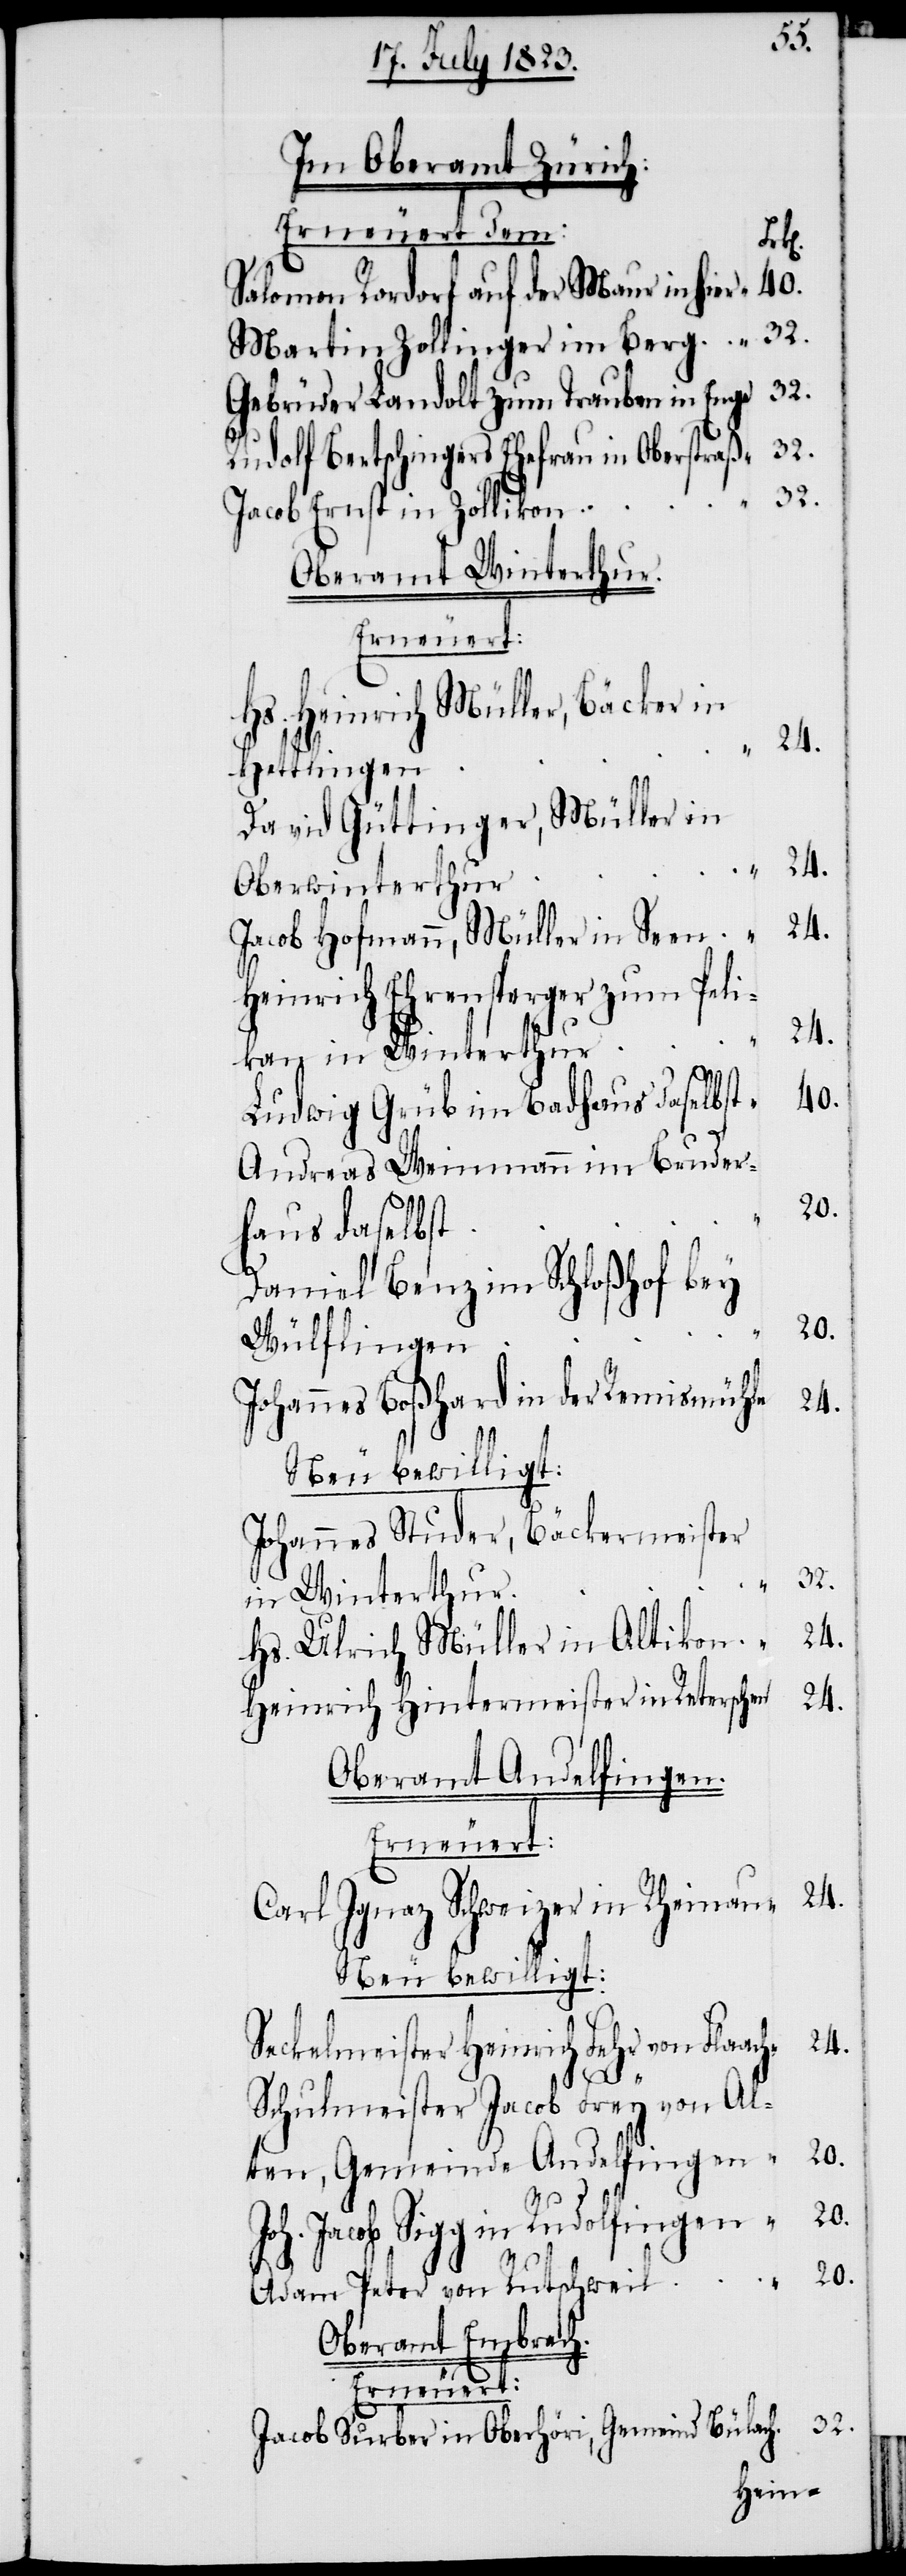
Im Oberamt Zürich:
Erneuert dem:
Salomon Rordorf auf der Maur in hier
Martin Zollinger im Berg
Gebrüder Landolt zum Trauben in Enge
32.
Rudolf Bertschingers Ehefrau in Oberstraß
Jacob Ernst in Zollikon
Oberamt Winterthur.
Hs. Heinrich Müller, Bäcker in
Hettlingen
David Güttinger, Müller in
Oberwinterthur
24.
Jacob Hofmann, Müller in Seen
Heinrich Ehrensperger zum Peli¬
kan in Winterthur
40.
Ludwig Grüb im Badhaus daselbst
Andreas Weinmann im Bruder¬
haus daselbst
20.
Daniel Benz im Schloßhof bey
20.
Wülflingen
Johannes Boßhard in der Remismühle
Johannes Studer, Bäckermeister
32.
in Winterthur
Hs. Ulrich Müller in Altikon
24.
Heinrich Hintermeister in Reterschen
Oberamt Andelfingen.
24.
Carl Ignaz Schweizer in Rheinau
Neu bewilligt:
Seckelmeister Heinrich Fehr von Flaach
Schulmeister Jacob Frey von Al¬
ten, Gemeinde Andelfingen
Joh. Jacob Sigg in Rudolfingen
Adam Peter von Rutschweil
Oberamt Embrach.
Erneuert:
Jacob Surber in Oberhöri, Gemeind Bülach